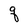
Character: q